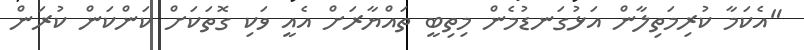
"އެކަމާ ކުރިމަތިލާން އަޅުގަނޑުމެން މިތިބީ ތައްޔާރަށް އެއީ ވަކި ގޮތަކަށް ކަންކަން ކުރަން